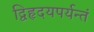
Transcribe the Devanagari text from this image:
द्विहृदयपर्यन्तं